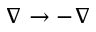
\nabla \rightarrow - \nabla